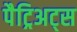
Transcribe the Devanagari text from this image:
पैट्रिअट्स